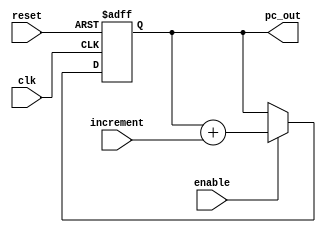
module pc(
    input clk,
    input reset,
    input enable,
    input [7:0] increment,
    output reg [7:0] pc_out
);

always @(posedge clk, posedge reset) begin
    if (reset) begin
        pc_out <= 8'h00;
    end else if (enable) begin
        pc_out <= pc_out + increment;
    end
end

endmodule